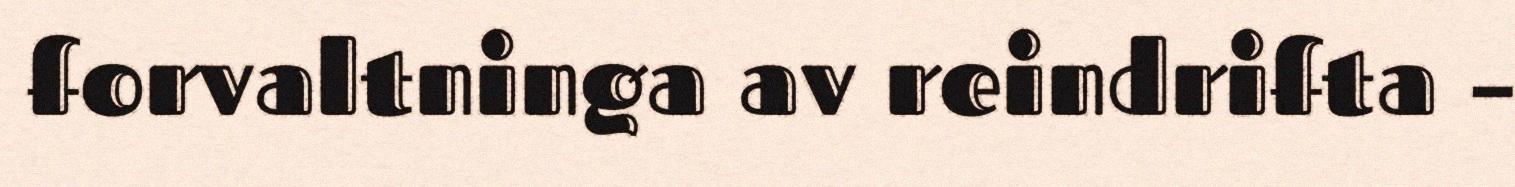
forvaltninga av reindrifta –